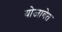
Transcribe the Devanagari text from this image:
योजावेत